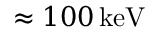
\approx 1 0 0 \ensuremath { \, \mathrm { k e V } }